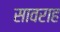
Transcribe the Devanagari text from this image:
सावराह